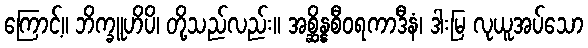
ကြောင့်။ ဘိက္ခူဟိပိ၊ တို့သည်လည်း။ အစ္ဆိန္နစီဝရကာဒီနံ၊ ဒါးမြ လုယူအပ်သော